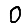
Digit: 0